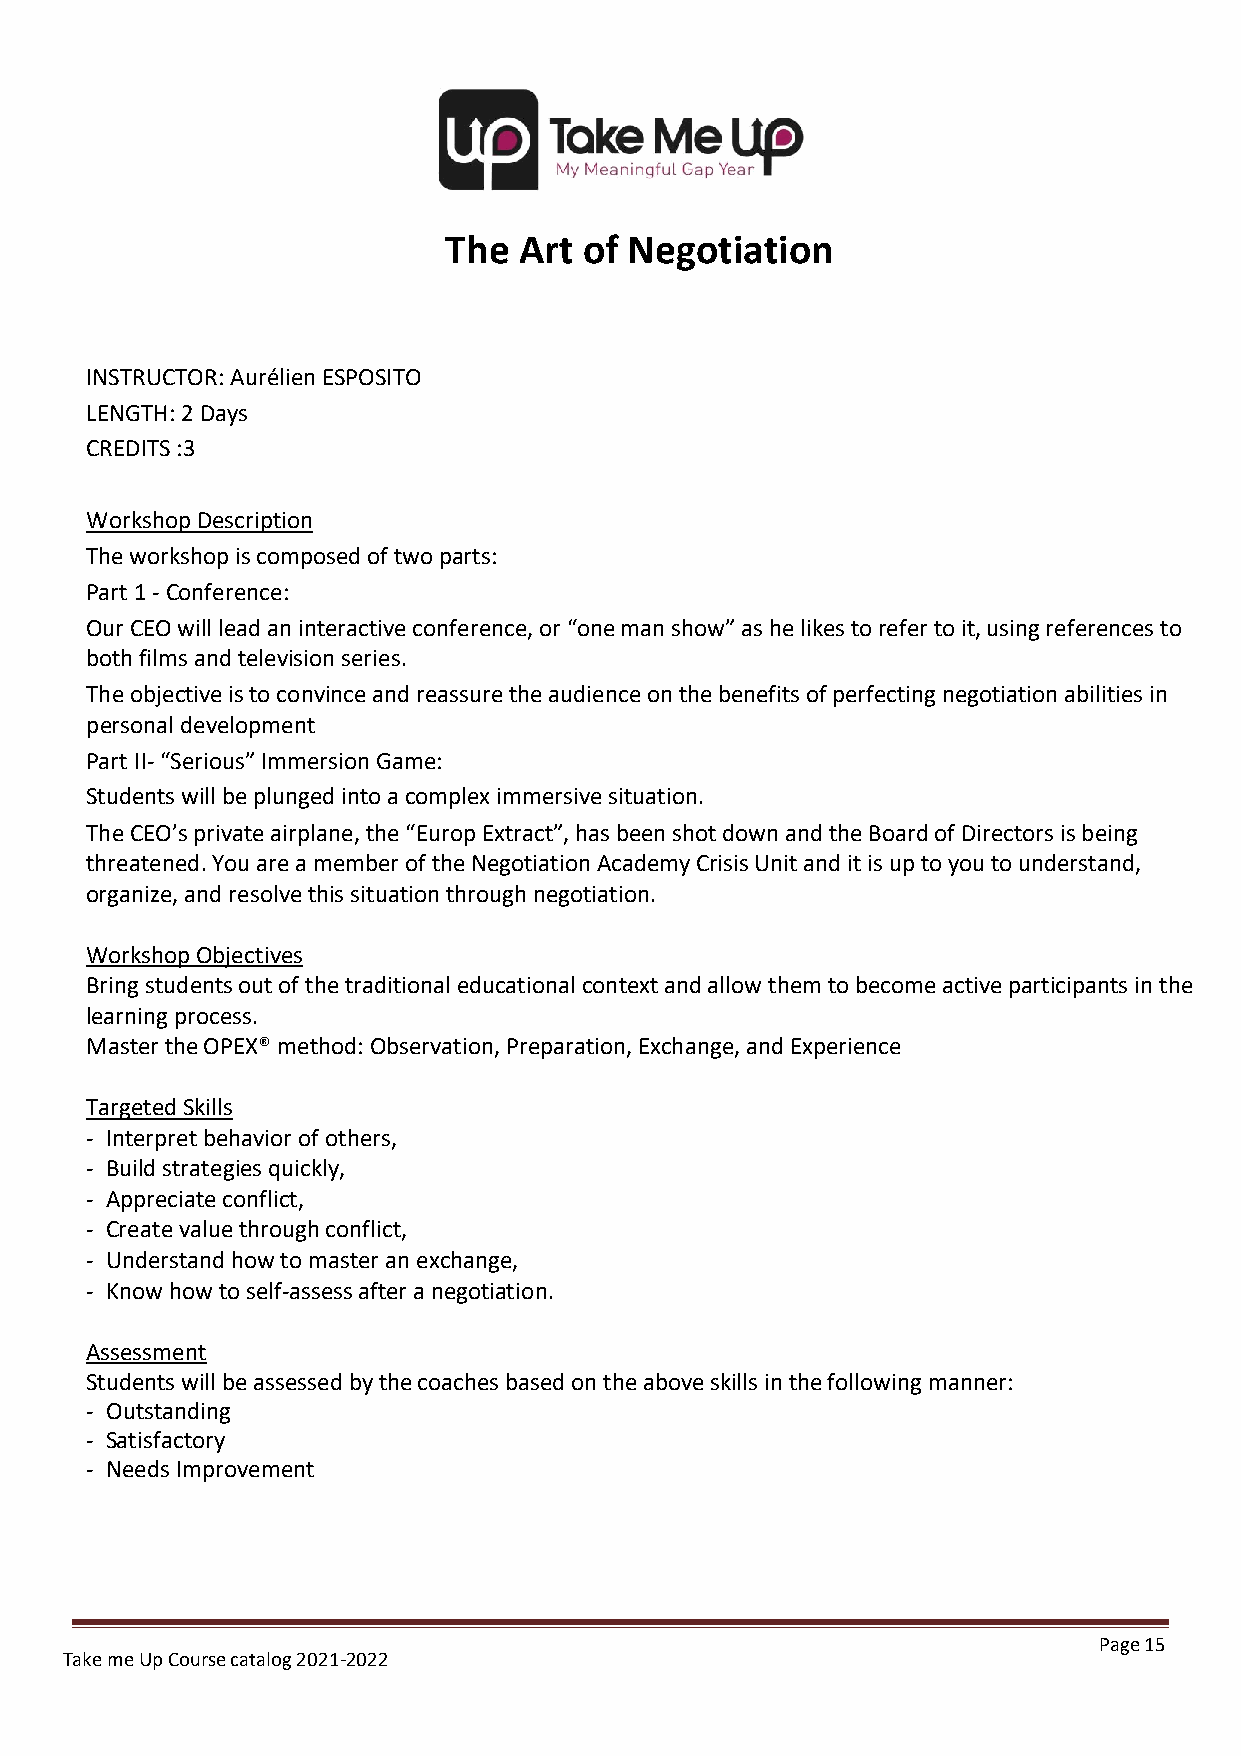
The  Art  of Negotiation
 INSTRUCTOR: Aurélien ESPOSITO
 LENGTH: 2 Days
 CREDITS :3
 Workshop Description
 The workshop is composed of two parts:
 Part 1 - Conference:
 Our CEO will lead an interactive conference, or “one man show” as he likes to refer to it, using references to
 both films and television series.
 The objective is to convince and reassure the audience on the benefits of perfecting negotiation abilities in
 personal development
 Part II- “Serious” Immersion Game:
 Students will be plunged into a complex immersive situation.
 The CEO’s private airplane, the “Europ Extract”, has been shot down and the Board of Directors is being
 threatened. You are a member of the Negotiation Academy Crisis Unit and it is up to you to understand,
 organize, and resolve this situation through negotiation.
 Workshop Objectives
 Bring students out of the traditional educational context and allow them to become active participants in the
 learning process.
 Master the OPEX® method: Observation, Preparation, Exchange, and Experience
 Targeted Skills
 - Interpret behavior of others,
 - Build strategies quickly,
 - Appreciate conflict,
 - Create value through conflict,
 - Understand how to master an exchange,
 - Know how to self-assess after a negotiation.
 Assessment
 Students will be assessed by the coaches based on the above skills in the following manner:
 - Outstanding
 - Satisfactory
 - Needs Improvement
 Page 15
 Take me Up Course catalog 2021-2022
 Undergraduate Course Catalog